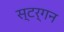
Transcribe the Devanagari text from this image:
स्टर्गन